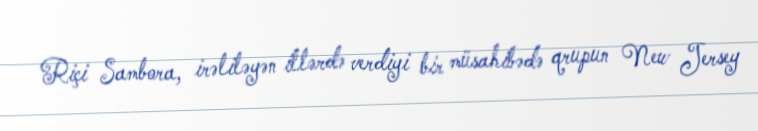
Riçi Sambora, irəliləyən illərdə verdiyi bir müsahibədə qrupun New Jersey